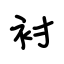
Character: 衬